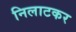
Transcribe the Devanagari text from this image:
निलाटकर